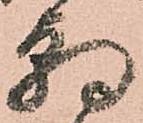
朝